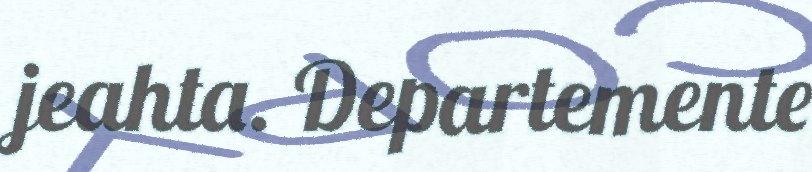
jeahta. Departemente